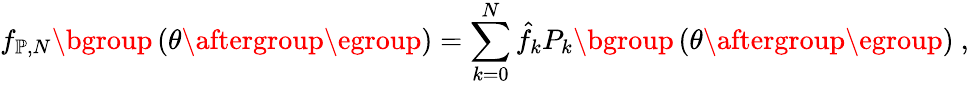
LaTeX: f_{\mathbb{P},N}\mathopen{}\mathclose\bgroup\left(\theta\aftergroup\egroup\right)=\sum_{k=0}^{N}\hat{f}_{k}P_{k}\mathopen{}\mathclose\bgroup\left(\theta\aftergroup\egroup\right)~,